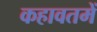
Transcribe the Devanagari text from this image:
कहावतमें